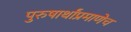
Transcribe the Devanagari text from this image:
पुरुषार्थांप्रमाणेच